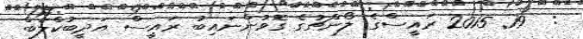
:  19